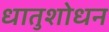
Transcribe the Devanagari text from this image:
धातुशोधन